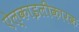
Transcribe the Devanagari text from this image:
ऐल्काइलीकारक